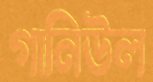
গানিউল